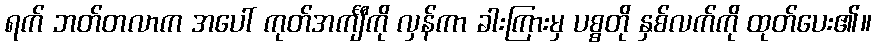
ရက် ဘတ်တလာက အပေါ် ကုတ်အင်္ကျီကို လှန်ကာ ခါးကြားမှ ပစ္စတို နှစ်လက်ကို ထုတ်ပေး၏။